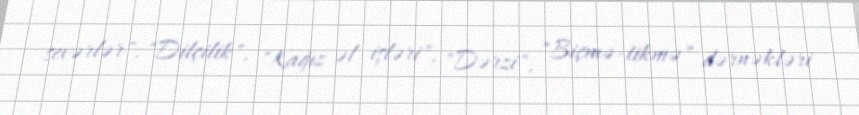
sevərlər", "Dilçilik", "Kağız əl işləri", "Dərzi", "Biçmə-tikmə" dərnəkləri